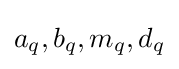
a_{q},b_{q},m_{q},d_{q}